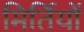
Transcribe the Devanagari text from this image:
मिर्तियों